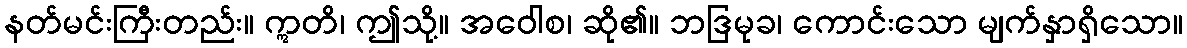
နတ်မင်းကြီးတည်း။ ဣတိ၊ ဤသို့။ အဝေါစ၊ ဆို၏။ ဘဒြမုခ၊ ကောင်းသော မျက်နှာရှိသော။